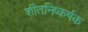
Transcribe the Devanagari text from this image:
शीतनिष्कर्षक